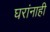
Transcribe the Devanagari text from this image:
घरांनाही